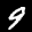
Label: 9